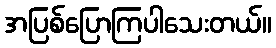
အပြစ်ပြောကြပါသေးတယ်။